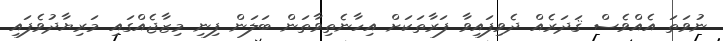
ނުވަތަ އެއްވެސް ޤަދަރެއް ދެވިފައިވާ ފަރާތަކަށް އިހާނެތިވާތަން ބަލަން ފިނި މިޒާޖެއްގައި މަރިޔާދުވެފައި